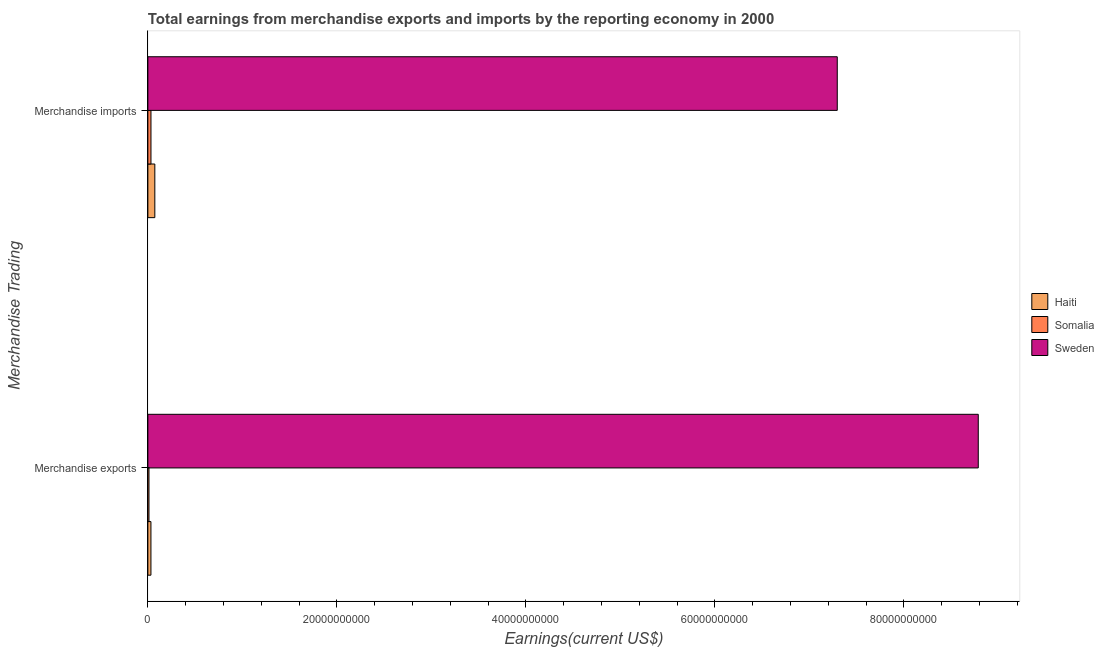
| Merchandise Trading | Haiti | Somalia | Sweden |
 | --- | --- | --- | --- |
 | Merchandise exports | 3.24e+08 | 1.18e+08 | 8.79e+10 |
 | Merchandise imports | 7.37e+08 | 3.29e+08 | 7.3e+10 |